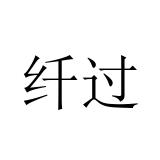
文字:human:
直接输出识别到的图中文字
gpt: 纤过